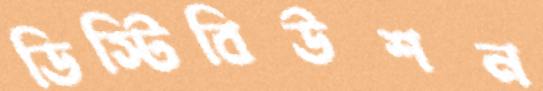
ডিস্টিবিউশন